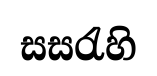
සසරැහි